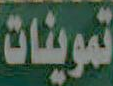
تموينات